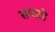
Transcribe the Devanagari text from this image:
सप्ताहे